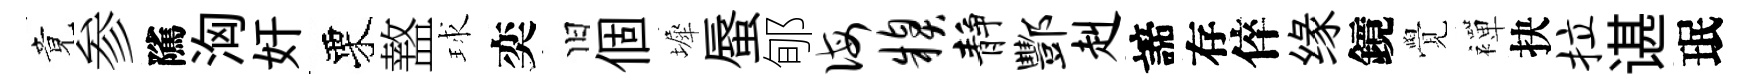
竟参隲洶奸栗盩球奕旧個墀蜃郇诲糗静酆赳諦存倅缘鏡覺襌抉拉谌珉